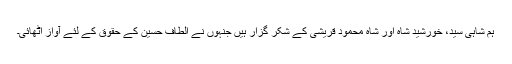
ہم شاہی سید، خورشید شاہ اور شاہ محمود قریشی کے شکر گزار ہیں جنہوں نے الطاف حسین کے حقوق کے لئے آواز اٹھائی۔